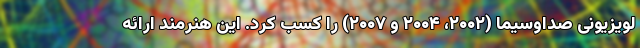
لویزیونی صداوسیما (۲۰۰۲، ۲۰۰۴ و ۲۰۰۷) را کسب کرد. این هنرمند ارائه